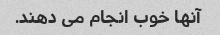
آنها خوب انجام می دهند.